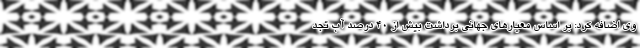
وی اضافه کرد: بر اساس معیارهای جهانی برداشت بیش از ۴۰ درصد آب تجد